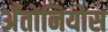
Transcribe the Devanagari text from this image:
अँतोनियोस